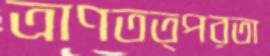
ত্রাণতত্পরতা